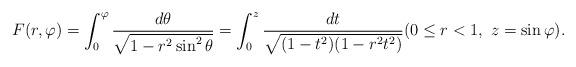
LaTeX: \begin{align*} F(r,\varphi)= \int^{\varphi}_0 \frac{d\theta}{\sqrt{1-r^2 \sin^2 \theta}}=\int^z_0 \frac{dt}{\sqrt{(1-t^2)(1-r^2t^2)}} (0\le r<1,\ z = \sin \varphi).\end{align*}